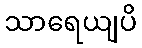
သာရေယျပိ